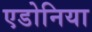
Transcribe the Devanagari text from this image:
एडोनिया